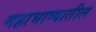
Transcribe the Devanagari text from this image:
महाभाष्यातील